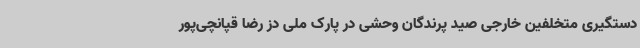
دستگیری متخلفین خارجی صید پرندگان وحشی در پارک ملی دز رضا قپانچی‌پور